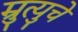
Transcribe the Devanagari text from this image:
म्रुत्युचे